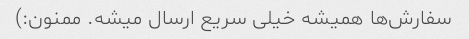
سفارش‌ها همیشه خیلی سریع ارسال میشه. ممنون:)